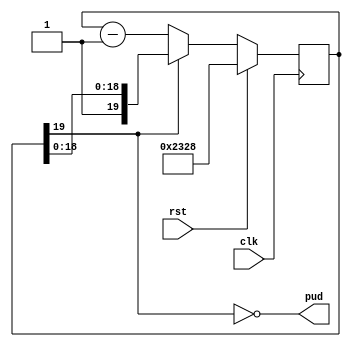
// ============================================================================
//  2008  Robert Finch
//
//  PSRAM power up delay timer
//  PSRAM requires a 150 us delay on power up before operation
//
//
//  This source code is available for evaluation and validation purposes
//  only. This copyright statement and disclaimer must remain present in
//  the file.
//
//
//	NO WARRANTY.
//  THIS Work, IS PROVIDEDED "AS IS" WITH NO WARRANTIES OF ANY KIND, WHETHER
//  EXPRESS OR IMPLIED. The user must assume the entire risk of using the
//  Work.
//
//  IN NO EVENT SHALL THE AUTHOR OR CONTRIBUTORS BE LIABLE FOR ANY
//  INCIDENTAL, CONSEQUENTIAL, OR PUNITIVE DAMAGES WHATSOEVER RELATING TO
//  THE USE OF THIS WORK, OR YOUR RELATIONSHIP WITH THE AUTHOR.
//
//  IN ADDITION, IN NO EVENT DOES THE AUTHOR AUTHORIZE YOU TO USE THE WORK
//  IN APPLICATIONS OR SYSTEMS WHERE THE WORK'S FAILURE TO PERFORM CAN
//  REASONABLY BE EXPECTED TO RESULT IN A SIGNIFICANT PHYSICAL INJURY, OR IN
//  LOSS OF LIFE. ANY SUCH USE BY YOU IS ENTIRELY AT YOUR OWN RISK, AND YOU
//  AGREE TO HOLD THE AUTHOR AND CONTRIBUTORS HARMLESS FROM ANY CLAIMS OR
//  LOSSES RELATING TO SUCH UNAUTHORIZED USE.
//
//
//	Webpack 9.2i xc3s1200e-4fg320	
//	21 LUTs / 12 slices / 220.848MHz
//	20 FFs
//
// ============================================================================

module PSRAMCtrl_PudTimer(rst, clk, pud);
parameter pClkFreq = 60000000;				// 60 MHz
parameter tPWR = pClkFreq / 6667 + 1;		// 150 micro seconds
input rst;
input clk;
output pud;

reg [19:0] pudcnt;
assign pud = ~pudcnt[19];

always @(posedge clk)
	if (rst)
		pudcnt <= tPWR;
	else begin
		if (pudcnt[19]==1'b0)
			pudcnt <= pudcnt - 20'd1;
	end

endmodule